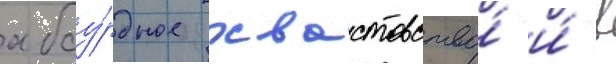
абсу́рдное хвастовство́ и́ в